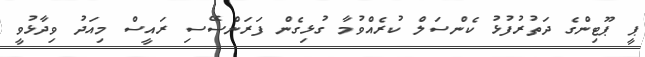
ޕީ ޕޫޓިންގެ ދަތުރުފުޅު ކެންސަލް ކުރެއްވުމާ ގުޅިގެން ފަރަންސޭސި ރައީސް މިއަދު ވިދާޅުވީ